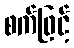
စက်ဖြင့်